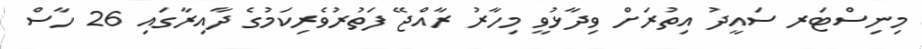
މިނިސްޓަރ ސައީދު އިތުރަށް ވިދާޅުވީ މިހާރު ރާއްޖޭ ފަތުރުވެރިކަމުގެ ދާއިރާގައި 26 ހާސް